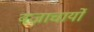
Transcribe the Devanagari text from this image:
वज्राचार्यों